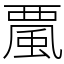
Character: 𩗏